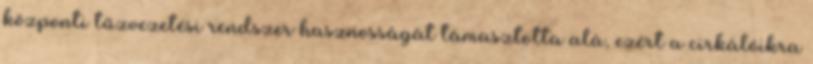
központi tűzvezetési rendszer hasznosságát támasztotta alá, ezért a cirkálóikra